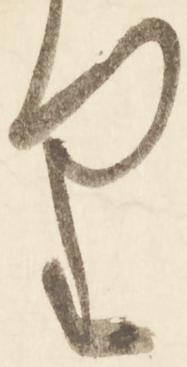
り